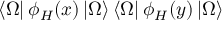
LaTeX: \left< \Omega \right| \phi _ { H } ( x ) \left| \Omega \right> \left< \Omega \right| \phi _ { H } ( y ) \left| \Omega \right>